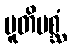
ပူတိမစ္ဆံ